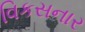
વિકસનાર